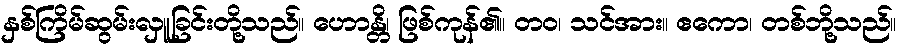
နှစ်ကြိမ်ဆွမ်းလှူခြင်းတို့သည်။ ဟောန္တိ၊ ဖြစ်ကုန်၏။ တဝ၊ သင်အား။ ဧကော၊ တစ်ဘို့သည်။